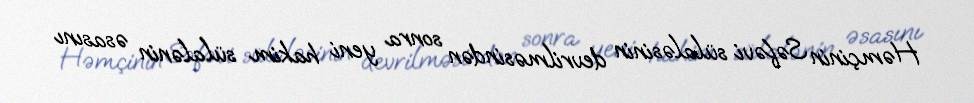
Həmçinin Səfəvi sülaləsinin devrilməsindən sonra yeni hakim sülalənin əsasını